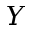
Y